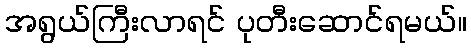
အရွယ်ကြီးလာရင် ပုတီးဆောင်ရမယ်။